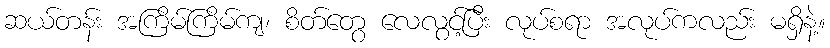
ဆယ်တန်း အကြိမ်ကြိမ်ကျ၊ စိတ်တွေ လေလွင့်ပြီး လုပ်စရာ အလုပ်ကလည်း မရှိနဲ့။